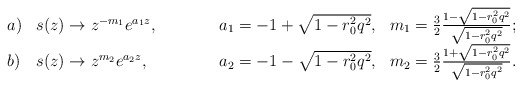
\begin{align*} \begin{array}{llll} a) & s(z)\rightarrow z^{-m_1}e^{a_1z}, &\hspace{0.5in} a_1=-1+\sqrt{1-r_0^2q^2}, & m_1=\frac{3}{2}\frac{1-\sqrt{1-r_0^2q^2}}{\sqrt{1-r_0^2q^2}}; \\ b) & s(z)\rightarrow z^{m_2}e^{a_2z}, &\hspace{0.5in} a_2=-1-\sqrt{1-r_0^2q^2}, & m_2=\frac{3}{2}\frac{1+\sqrt{1-r_0^2q^2}}{\sqrt{1-r_0^2q^2}}. \end{array}\end{align*}